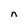
Character: n